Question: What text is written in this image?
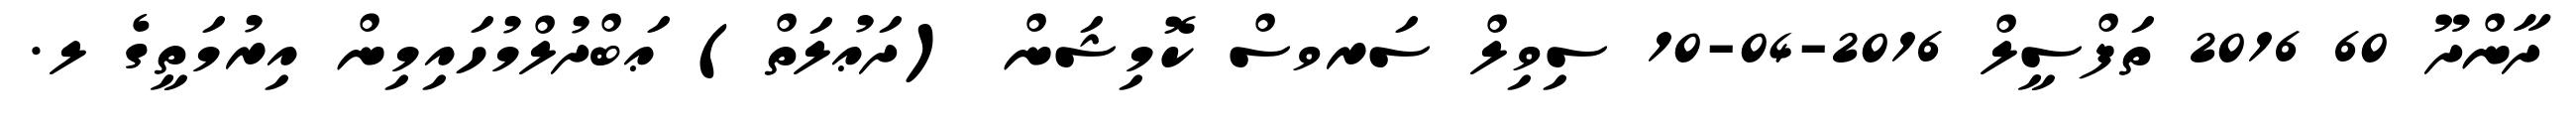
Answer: ދާންދޫ 60 2016 ތަފްސީލް 2016-04-10 ސިވިލް ސަރވސް ކޮމިޝަން (ދަޢުލަތް) ޢަބްދުލްމުހައިމިން އިރުމަތީގެ ލ.